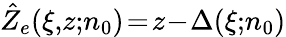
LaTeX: \hat{Z}_{e}(\xi,\! z;\! n_{0})\! =\! z\! -\! \Delta(\xi;\! n_{0})